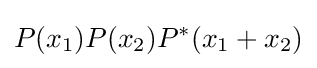
P(x_{1})P(x_{2})P^{*}(x_{1}+x_{2})